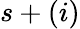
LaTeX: s+(i)